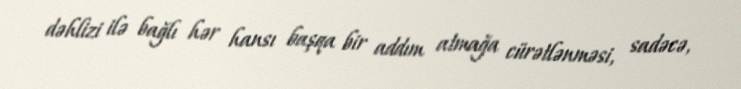
dəhlizi ilə bağlı hər hansı başqa bir addım atmağa cürətlənməsi, sadəcə,